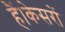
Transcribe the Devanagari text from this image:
हैं।केसरों